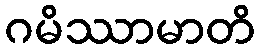
ဂမိဿာမာတိ